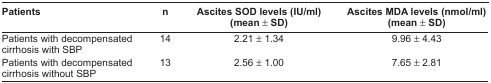
| Patients | n | Ascites SOD levels (IU/ml) (mean ± SD) | Ascites MDA levels (nmol/ml) (mean ± SD) |
 | --- | --- | --- | --- |
 | Patients with decompensated cirrhosis with SBP | 14 | 2.21 ± 1.34 | 9.96 ± 4.43 |
 | Patients with decompensated cirrhosis without SBP | 13 | 2.56 ± 1.00 | 7.65 ± 2.81 |